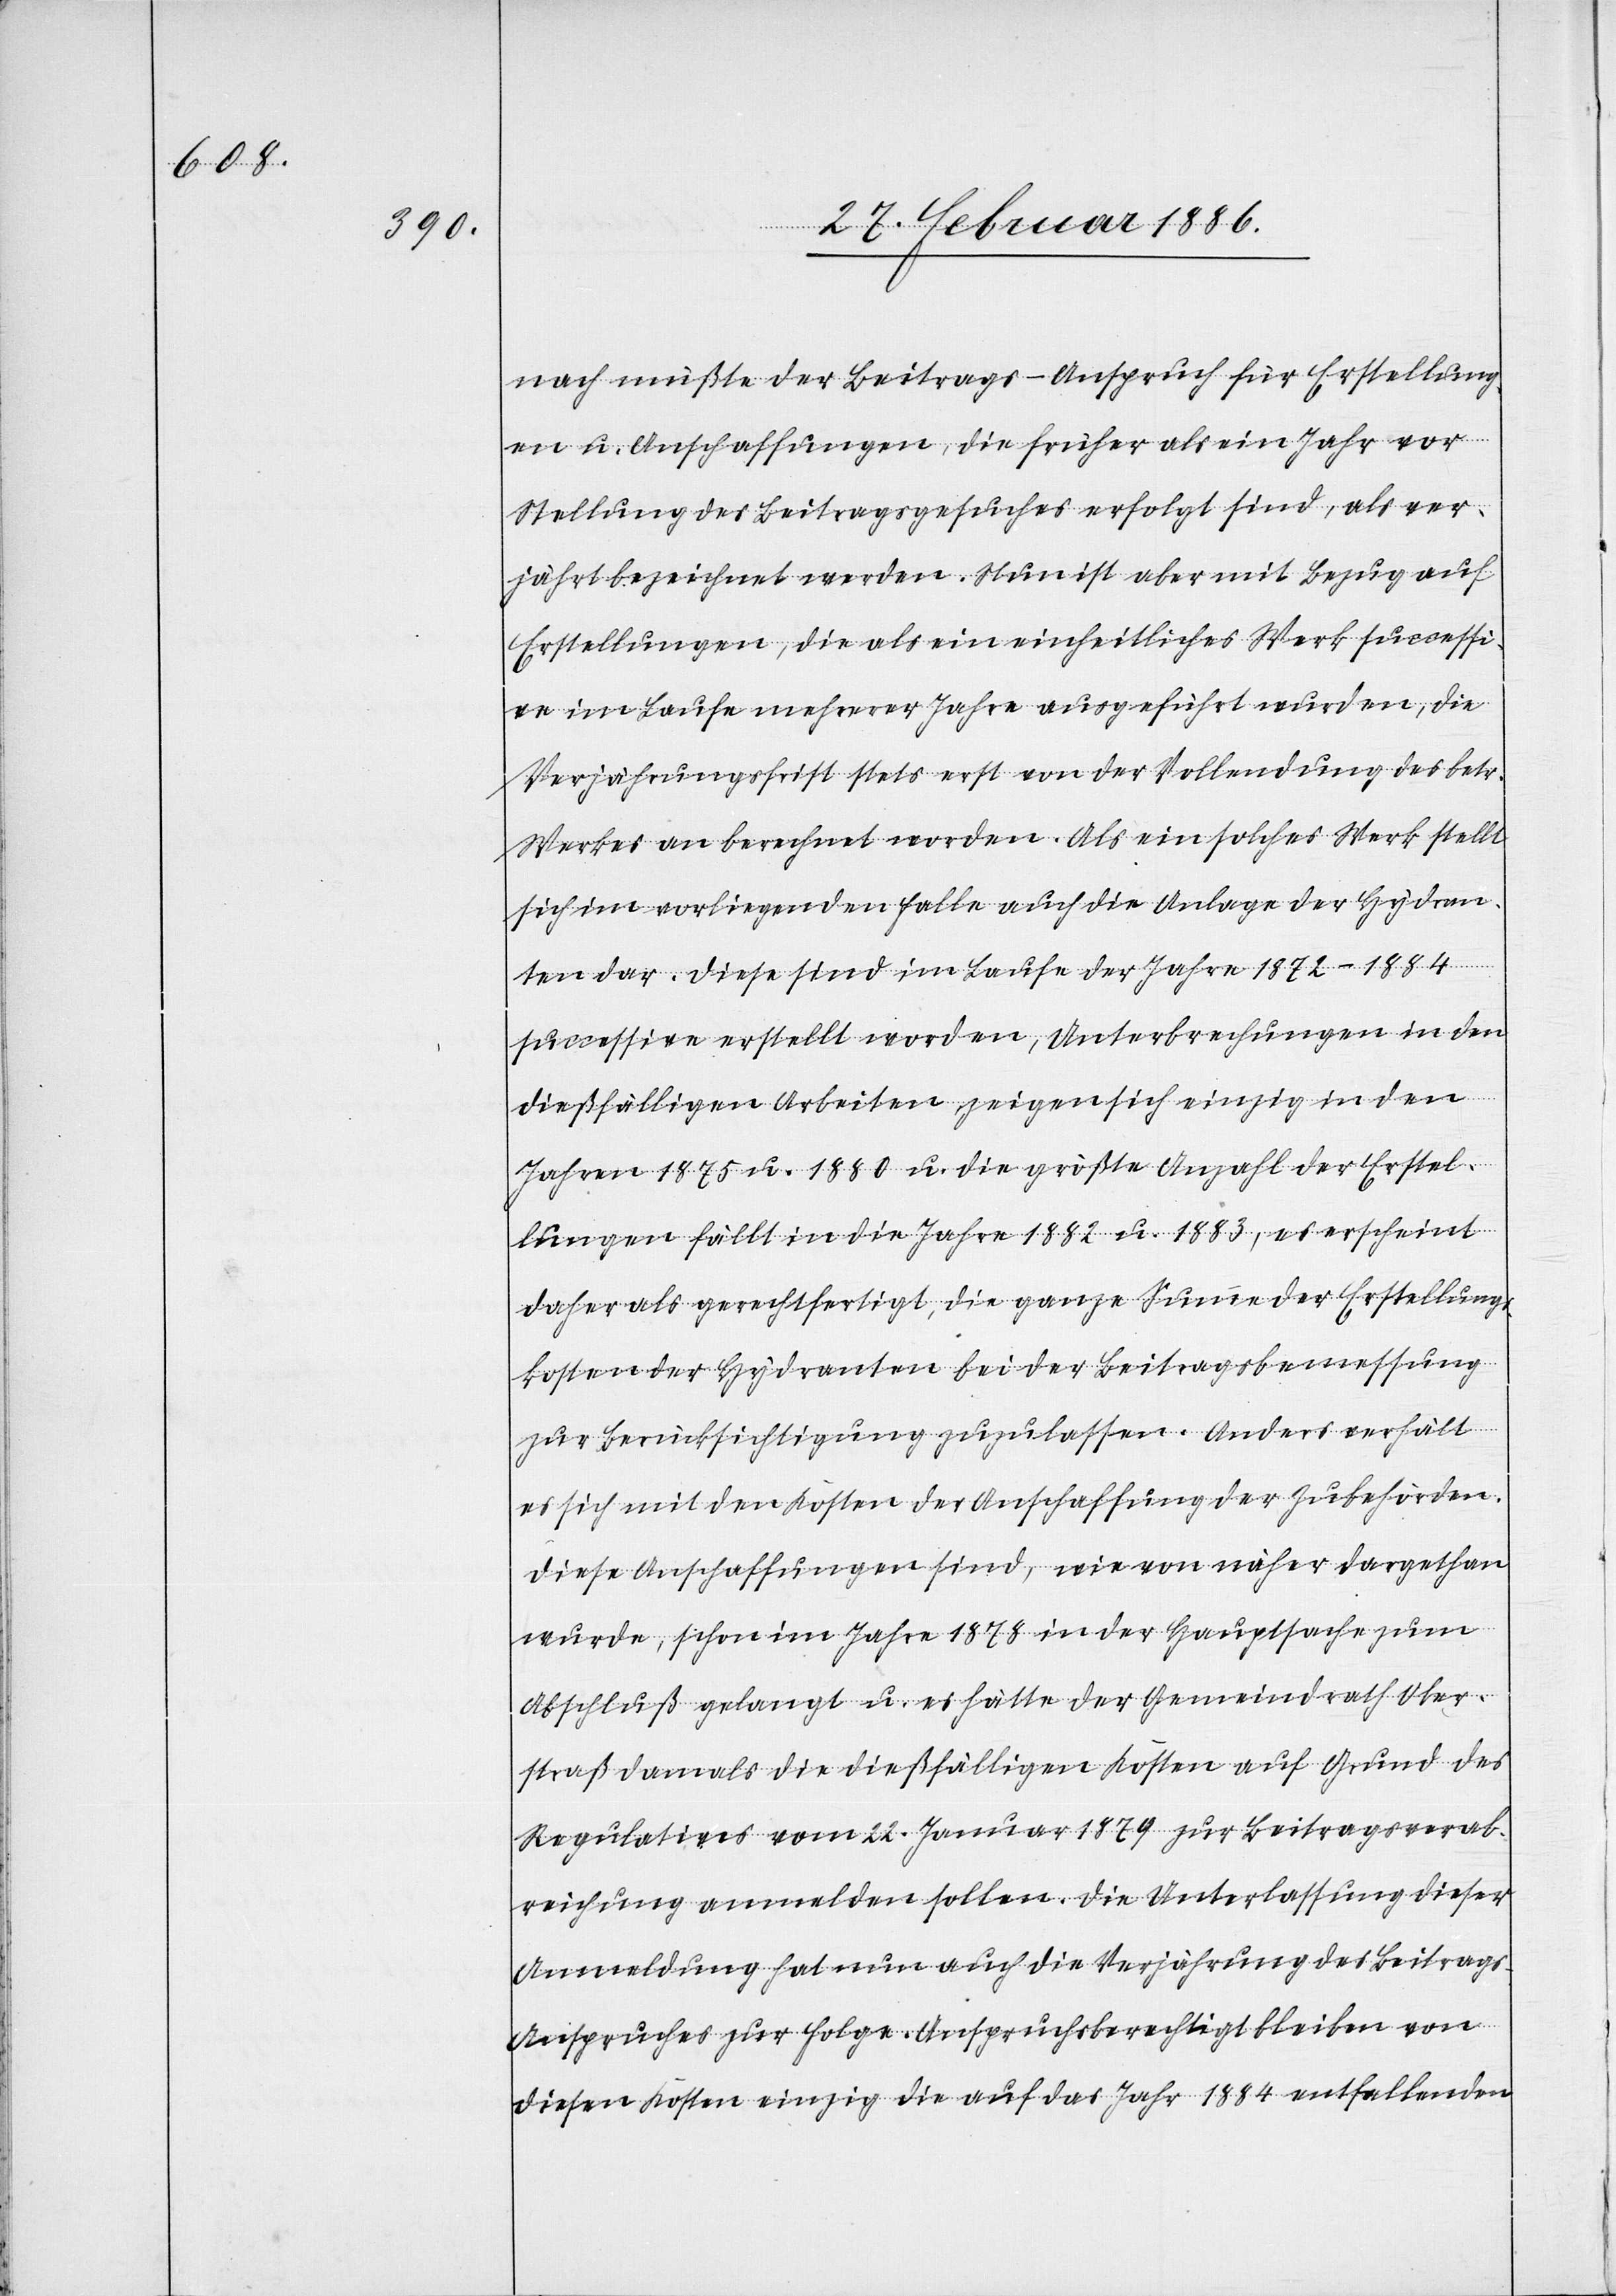
nach müßte der Beitrags-Anspruch für Erstellung¬
en u. Anschaffungen, die früher als ein Jahr vor
Stellung des Beitragsgesuche erfolgt sind, als ver¬
jährt bezeichnet werden. Nun ist aber mit Bezug auf
Erstellung, die als ein einheitliches Werk successi¬
ve im Laufe mehrerer Jahre ausgeführt wurden, die
Verjährungsfrist stets erst von der Vollendung des betr.
Werkes an berechnet worden. Als ein solches Werk stellt
sich im vorliegenden Falle auch die Anlage der Hydran¬
ten dar. Diese sind im Laufe der Jahre 1872–1884
successive erstellt worden, Unterbrechungen in den
dießfälligen Arbeiten zeigen sich einzig in den
Jahren 1875 u. 1880 u. die größte Anzahl der Erstel¬
lungen fällt in die Jahre 1882 u. 1883, es erscheint
daher als gerechtfertigt, die ganze Summe der Erstellungs¬
kosten der Hydranten bei der Beitragsbemessung
zur Berücksichtigung zuzulassen. Anders verhält
es sich mit den Kosten der Anschaffungen der Zubehörden.
Diese Anschaffungen sind, wie von näher dargethan
wurde, schon im Jahre 1878 in der Hauptsache zum
Abschluß gelangt u. es hätte der Gemeindrath Ober¬
straß damals in die dießfälligen Kosten auf Grund des
Regulatives vom 22. Januar 1879 zur Beitragsverab¬
reichung anmelden sollen. Die Unterlassung dieser
Anmeldung hat nun auch die Verjährung des Beitrag¬
s-Anspruches zur Folge. Anspruchsberechtigt bleiben von
diesen Kosten einzig die auf das Jahr 1884 entfallenden